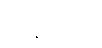
ကန့်ကက